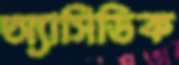
অ্যাসিডিক